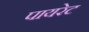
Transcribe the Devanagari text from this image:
पायरेट